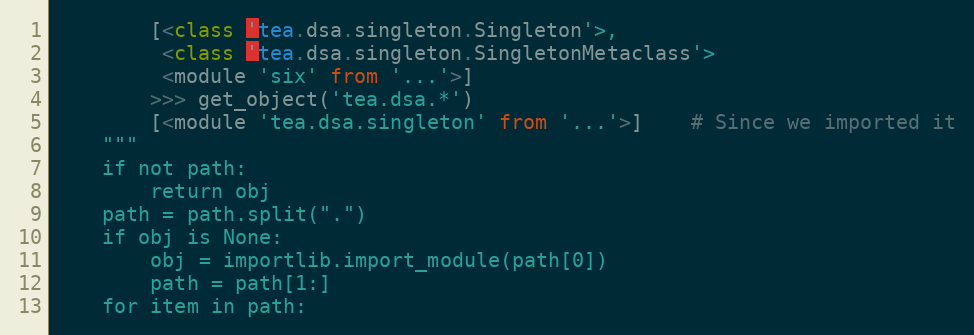
Language: Python
        [<class 'tea.dsa.singleton.Singleton'>,
         <class 'tea.dsa.singleton.SingletonMetaclass'>
         <module 'six' from '...'>]
        >>> get_object('tea.dsa.*')
        [<module 'tea.dsa.singleton' from '...'>]    # Since we imported it
    """
    if not path:
        return obj
    path = path.split(".")
    if obj is None:
        obj = importlib.import_module(path[0])
        path = path[1:]
    for item in path: